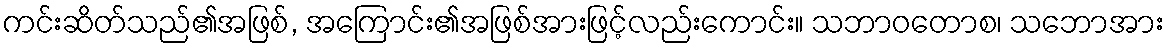
ကင်းဆိတ်သည်၏အဖြစ်, အကြောင်း၏အဖြစ်အားဖြင့်လည်းကောင်း။ သဘာဝတောစ၊ သဘောအား